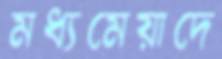
মধ্যমেয়াদে